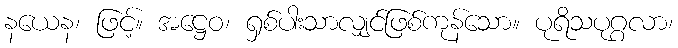
နယေန၊ ဖြင့်။ အဋ္ဌေဝ၊ ရှစ်ပါးသာလျှင်ဖြစ်ကုန်သော။ ပုရိသပုဂ္ဂလာ၊